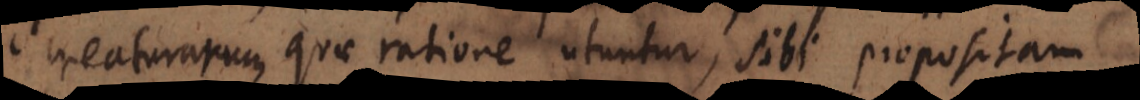
creaturarum quae ratione utuntur, sibi propositam